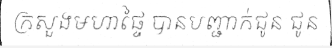
ក្រសួងមហាផ្ទៃ បានបញ្ជាក់ជូន ជូន